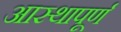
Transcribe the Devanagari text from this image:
आस्थापूर्ण